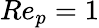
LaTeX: Re_{p}=1